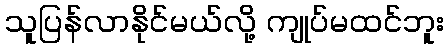
သူပြန်လာနိုင်မယ်လို့ ကျုပ်မထင်ဘူး